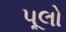
પૂલો